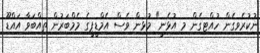
ނުކުރެވިގެން ހުއްޓިގެން މި އުޅެނީ" މުޅިން ވެސް އެމްޑީޕީގެ މެމްބަރުން ތިއްބަވާ އައްޑޫ